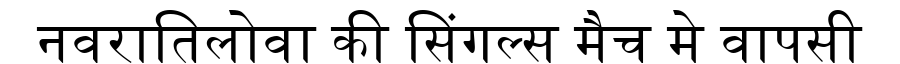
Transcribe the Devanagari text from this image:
नवरातिलोवा की सिंगल्स मैच मे वापसी